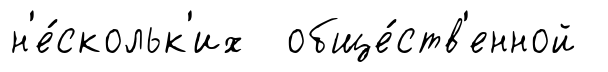
н'е́скольк'их обще́ств'енной